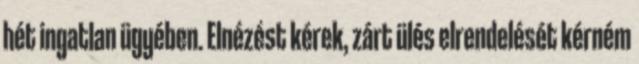
hét ingatlan ügyében. Elnézést kérek, zárt ülés elrendelését kérném